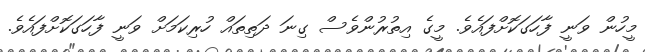
މީހުން ވަނީ ފާހަގަކޮށްފައެވެ. މީގެ އިތުރުންވެސް ގިނަ ދަތިތައް ހުރިކަމަށް ވަނީ ފާހަގަކޮށްފައެވެ.